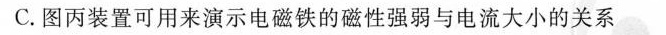
C.图丙装置可用来演示电磁铁的磁性强弱与电流大小的关系